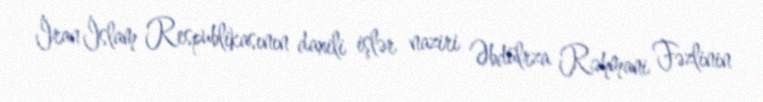
İran İslam Respublikasının daxili işlər naziri Əbdülrza Rəhmani Fəzlinin